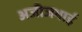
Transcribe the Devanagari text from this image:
अजीजभाई